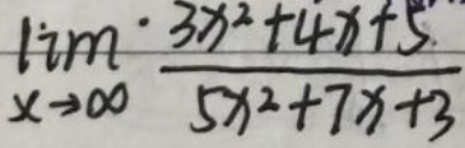
\(\lim_{x \to \infty} \frac{3x^2 + 4x + 5}{5x^2 + 7x + 3}\)